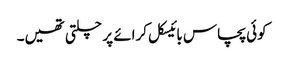
کوئی پچاس بائیسکل کرائے پر چلتی تھیں۔